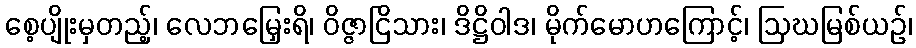
စေ့ပျိုးမှတည့်၊ လေဘမြှေးရိ၊ ဝိဇ္ဇာငြိသား၊ ဒိဋ္ဌိဝါဒ၊ မိုက်မောဟကြောင့်၊ ဩဃမြစ်ယဉ်၊